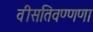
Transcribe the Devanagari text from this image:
वीसतिवण्णणा